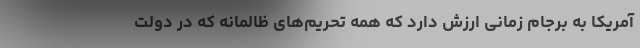
آمریکا به برجام زمانی ارزش دارد که همه تحریم‌های ظالمانه که در دولت